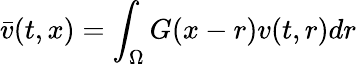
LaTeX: \bar{v}(t,x)=\int_{\Omega}G(x-r)v(t,r)dr